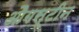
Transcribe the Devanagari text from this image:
औगस्टीन